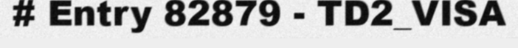
# Entry 82879 - TD2_VISA